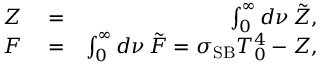
\begin{array} { r l r } { Z } & { { } = } & { \int _ { 0 } ^ { \infty } d \nu \, \tilde { Z } , } \\ { F } & { { } = } & { \int _ { 0 } ^ { \infty } d \nu \, \tilde { F } = \sigma _ { \mathrm { S B } } T _ { 0 } ^ { 4 } - Z , } \end{array}